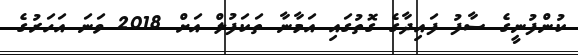
ކުންފުނީގެ ސާފު ފައިދާގެ ގޮތުގައި އަމާނާ ތަކަފުލް އަށް 2018 ވަނަ އަހަރުގެ